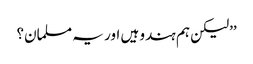
’’لیکن ہم ہندو ہیں اور یہ مسلمان؟